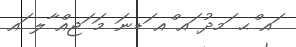
ައ ްޙ ަމދު ައ ްއ ަޑނަ މަ ަޖއް ާލ ައ